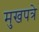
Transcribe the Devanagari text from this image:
मुखपत्रे